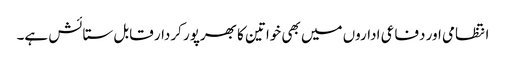
انتظامی اور دفاعی اداروں میں بھی خواتین کا بھرپور کردار قابل ستائش ہے۔